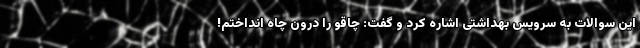
این سوالات به سرویس بهداشتی اشاره کرد و گفت: چاقو را درون چاه انداختم!